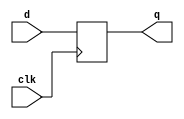
module dff
    ( input d, clk, output reg q );
    initial begin
      q = 0;
    end
	always @( posedge clk )
            q <= d;
endmodule

module dffe
    ( input d, clk, en, output reg q );
    initial begin
      q = 0;
    end
	always @( posedge clk)
		if ( en )
			q <= d;
endmodule